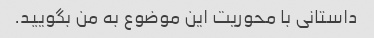
داستانی با محوریت این موضوع به من بگویید.